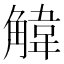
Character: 𫌱